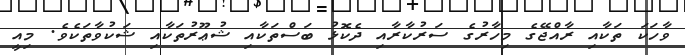
ވާހަކަ ތަކާއި ރާއްޖޭގެ މިހާރުގެ ސަރުކާރާއި ދެކޮޅު ބަސްތަކާއި ޝުޢޫރުތަކާއި ޝަކުވާތަކެވެ. މިއީ